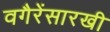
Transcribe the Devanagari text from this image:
वगैरेंसारखी